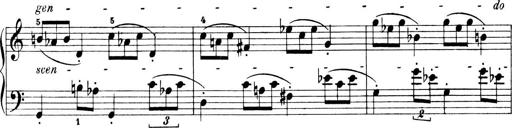
Title: 4 Sonatines
Composer: Max Reger